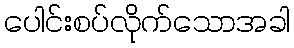
ပေါင်းစပ်လိုက်သောအခါ